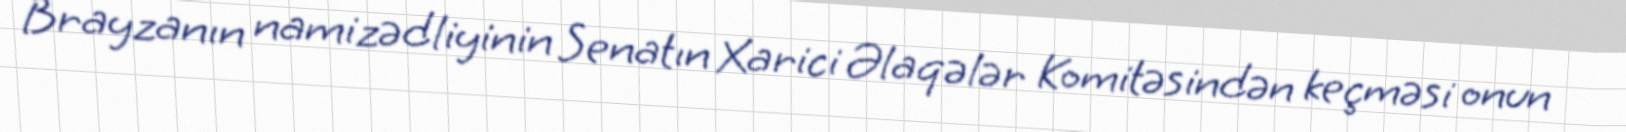
Brayzanın namizədliyinin Senatın Xarici Əlaqələr Komitəsindən keçməsi onun